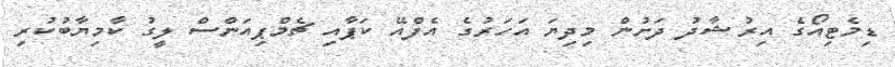
ޑިމެޓިއޯގެ އިރުޝާދު ދަށުން މިދިޔަ އަހަރުގެ އެފްއޭ ކަޕާއި ޗެމްޕިއަންސް ލީގު ކާމިޔާބުކުރި